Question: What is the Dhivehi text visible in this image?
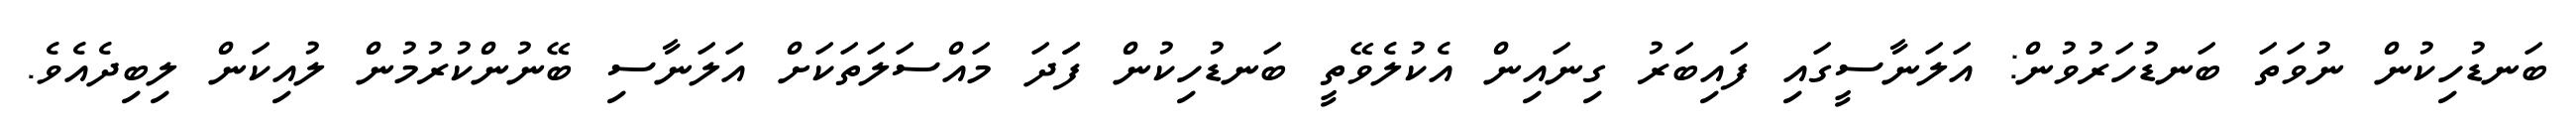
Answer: ބަނޑުހިކުން ނުވަތަ ބަނޑުހަރުވުން: އަލަނާސީގައި ފައިބަރު ގިނައިން އެކުލެވޭތީ ބަނޑުހިކުން ފަަދަ މައްސަލަތަކަށް އަލަނާސި ބޭނުންކުރުމުން ލުއިކަން ލިބިދެއެވެ.